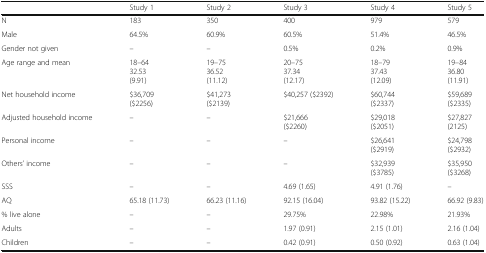
<table><thead><tr><td>[EMPTY_CELL]</td><td><b>Study 1</b></td><td><b>Study 2</b></td><td><b>Study 3</b></td><td><b>Study 4</b></td><td><b>Study 5</b></td></tr></thead><tbody><tr><td>N</td><td>183</td><td>350</td><td>400</td><td>979</td><td>579</td></tr><tr><td>Male</td><td>64.5%</td><td>60.9%</td><td>60.5%</td><td>51.4%</td><td>46.5%</td></tr><tr><td>Gender not given</td><td>–</td><td>–</td><td>0.5%</td><td>0.2%</td><td>0.9%</td></tr><tr><td>Age range and mean</td><td>18–6432.53(9.91)</td><td>19–7536.52(11.12)</td><td>20–7537.34(12.17)</td><td>18–7937.43(12.09)</td><td>19–8436.80(11.91)</td></tr><tr><td>Net household income</td><td>$36,709($2256)</td><td>$41,273($2139)</td><td>$40,257 ($2392)</td><td>$60,744($2337)</td><td>$59,689($2335)</td></tr><tr><td>Adjusted household income</td><td>–</td><td>–</td><td>$21,666($2260)</td><td>$29,018($2051)</td><td>$27,827(2125)</td></tr><tr><td>Personal income</td><td>–</td><td>–</td><td>–</td><td>$26,641($2919)</td><td>$24,798($2932)</td></tr><tr><td>Others’ income</td><td>–</td><td>–</td><td>–</td><td>$32,939($3785)</td><td>$35,950($3268)</td></tr><tr><td>SSS</td><td>–</td><td>–</td><td>4.69 (1.65)</td><td>4.91 (1.76)</td><td>–</td></tr><tr><td>AQ</td><td>65.18 (11.73)</td><td>66.23 (11.16)</td><td>92.15 (16.04)</td><td>93.82 (15.22)</td><td>66.92 (9.83)</td></tr><tr><td>% live alone</td><td>–</td><td>–</td><td>29.75%</td><td>22.98%</td><td>21.93%</td></tr><tr><td>Adults</td><td>–</td><td>–</td><td>1.97 (0.91)</td><td>2.15 (1.01)</td><td>2.16 (1.04)</td></tr><tr><td>Children</td><td>–</td><td>–</td><td>0.42 (0.91)</td><td>0.50 (0.92)</td><td>0.63 (1.04)</td></tr></tbody></table>